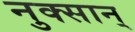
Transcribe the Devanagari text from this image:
नुक्सान्